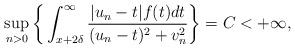
LaTeX: \begin{align*}\sup_{n>0}\bigg\{\int_{x+2\delta}^{\infty}\frac{\vert u_n-t\vert f(t)dt}{(u_n-t)^2+v_n^2}\bigg\}=C<+\infty,\end{align*}